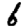
Digit: 6